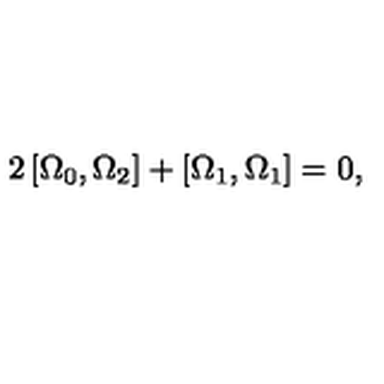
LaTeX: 2 \left[ \Omega _ { 0 } , \Omega _ { 2 } \right] + \left[ \Omega _ { 1 } , \Omega _ { 1 } \right] = 0 ,